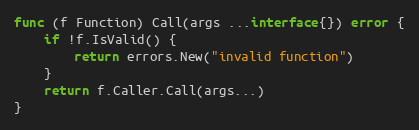
Language: Go
func (f Function) Call(args ...interface{}) error {
	if !f.IsValid() {
		return errors.New("invalid function")
	}
	return f.Caller.Call(args...)
}